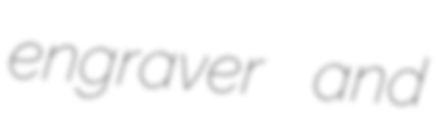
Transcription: engraver and